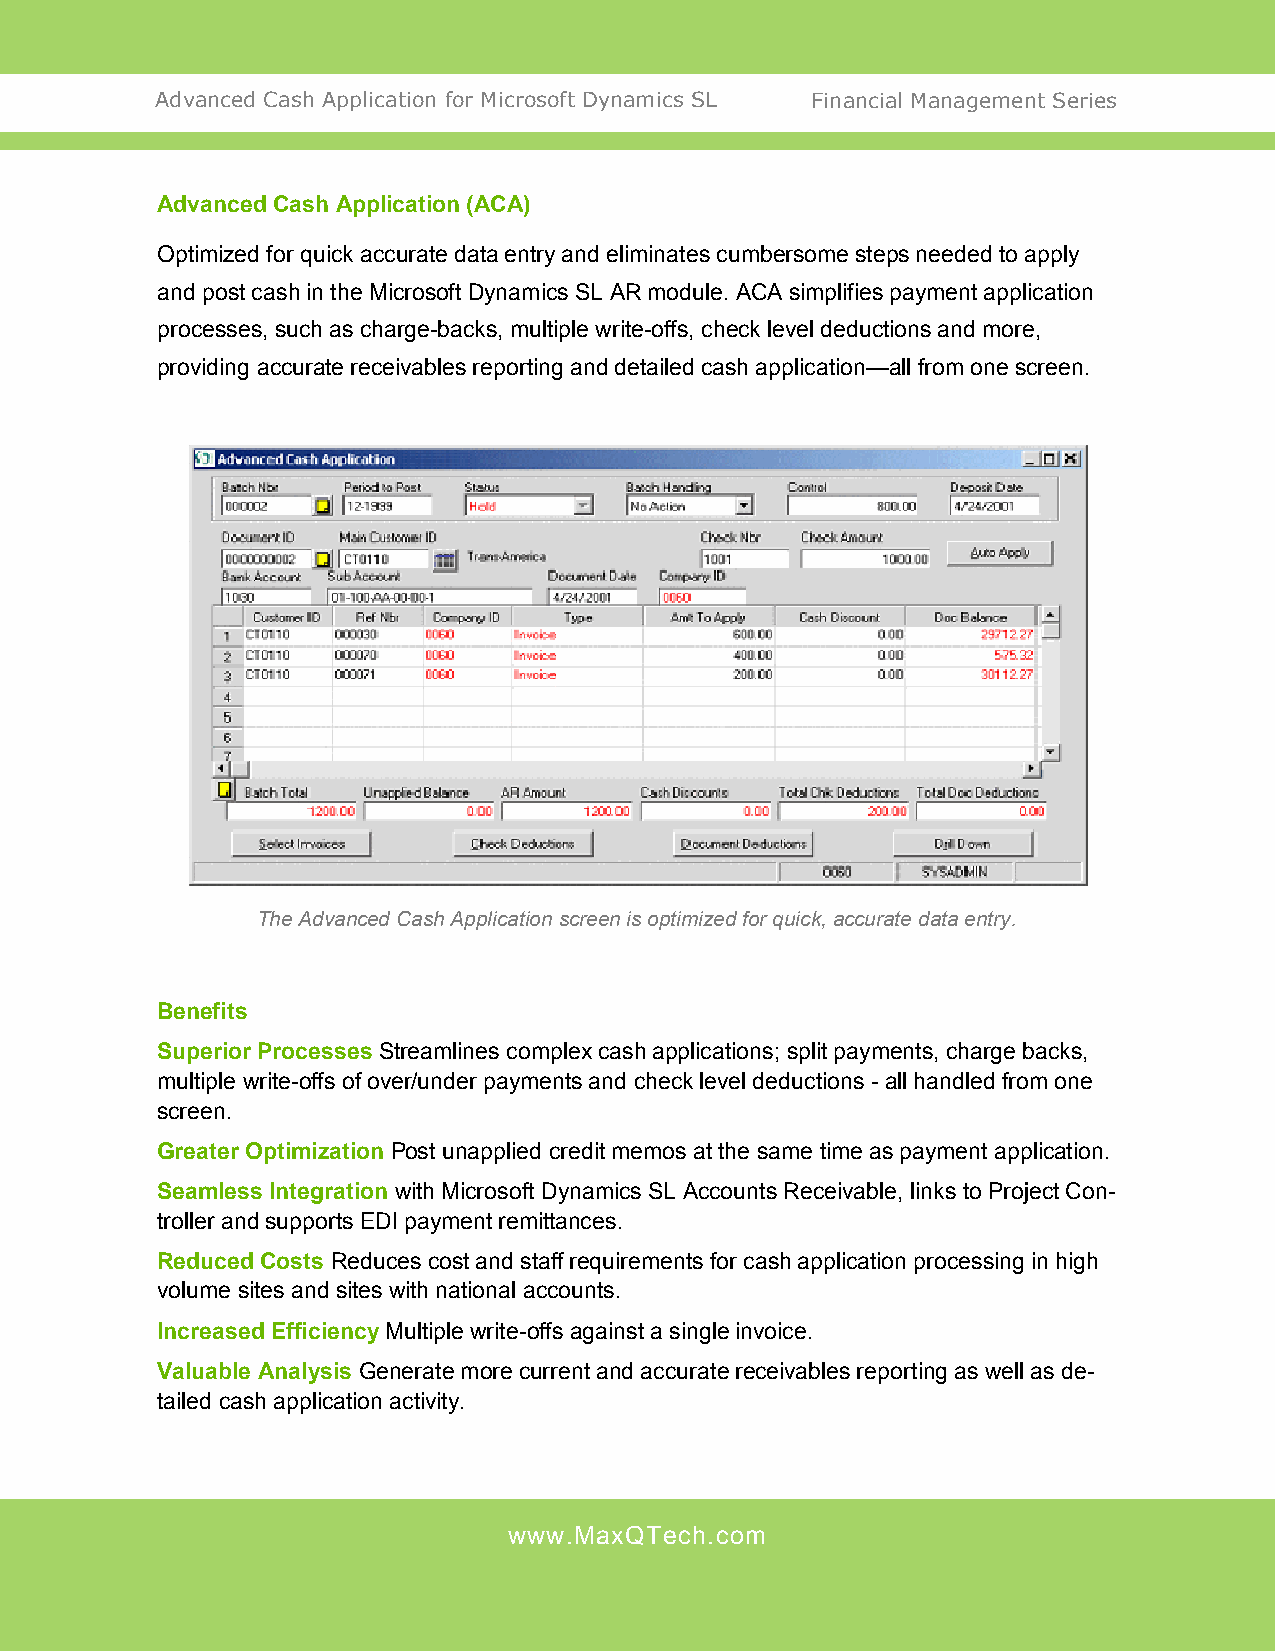
Advanced Cash Application for Microsoft Dynamics SL Financial Management Series
 Advanced Cash Application (ACA)
 Optimized for quick accurate data entry and eliminates cumbersome steps needed to apply
 and post cash in the Microsoft Dynamics SL AR module. ACA simplifies payment application
 processes, such as charge-backs, multiple write-offs, check level deductions and more,
 providing accurate receivables reporting and detailed cash application—all from one screen.
 The Advanced Cash Application screen is optimized for quick, accurate data entry.
 Benefits
 Superior Processes Streamlines complex cash applications; split payments, charge backs,
 multiple write-offs of over/under payments and check level deductions - all handled from one
 screen.
 Greater Optimization Post unapplied credit memos at the same time as payment application.
 Seamless Integration with Microsoft Dynamics SL Accounts Receivable, links to Project Con-
 troller and supports EDI payment remittances.
 Reduced Costs Reduces cost and staff requirements for cash application processing in high
 volume sites and sites with national accounts.
 Increased Efficiency Multiple write-offs against a single invoice.
 Valuable Analysis Generate more current and accurate receivables reporting as well as de-
 tailed cash application activity.
 www.MaxQTech.com